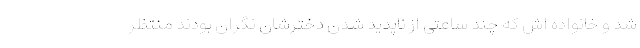
شد و خانواده اش که چند ساعتی از ناپدید شدن دخترشان نگران بودند منتظر